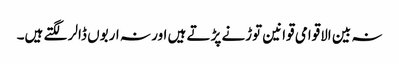
نہ بین الاقوامی قوانین توڑنے پڑتے ہیں اور نہ اربوں ڈالر لگتے ہیں۔